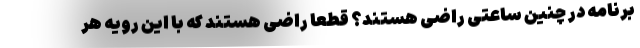
برنامه در چنین ساعتی راضی هستند؟ قطعا راضی هستند که با این رویه هر